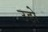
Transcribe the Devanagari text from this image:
उडो